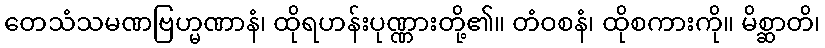
တေသံသမဏဗြဟ္မဏာနံ၊ ထိုရဟန်းပုဏ္ဏားတို့၏။ တံဝစနံ၊ ထိုစကားကို။ မိစ္ဆာတိ၊